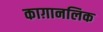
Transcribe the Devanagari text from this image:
काग़ानलिक